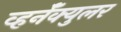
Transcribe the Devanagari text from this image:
व्हर्नॅक्युलर